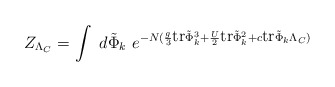
\begin{align*}Z_{\Lambda_{C}}=\int \ d\tilde{\Phi}_k \ e^{-N ({g \over 3}\makebox{tr} \tilde{\Phi}_k^3 +{U \over 2}\makebox{tr} \tilde{\Phi}_k^2 +c \makebox{tr}\tilde{\Phi}_k \Lambda_{C})}\end{align*}